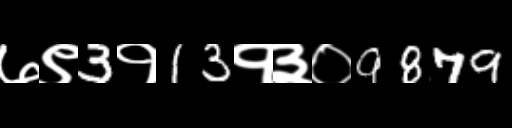
Text: ७९3१13१३०9879